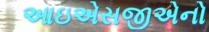
આઇએસજીએનો